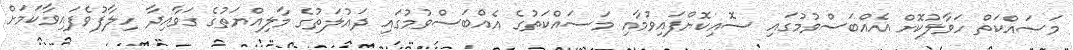
މަސައްކަތް ހަވާލުކޮށް އެއްބަސްވުމުގައި ސޮއިކޮށްފައިވުމާއި މަސައްކަތުގެ އެއްބަސްވުމުގައި ދައުލަތުގެ މާލިއްޔަތުގެ ގަވާއިދާ ހިލާފުވެފައިވާކަމަށް